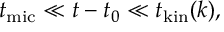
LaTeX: t _ { \mathrm { m i c } } \ll t - t _ { 0 } \ll t _ { \mathrm { k i n } } ( k ) ,